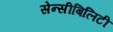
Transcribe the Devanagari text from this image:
सेन्सीबिलिटी